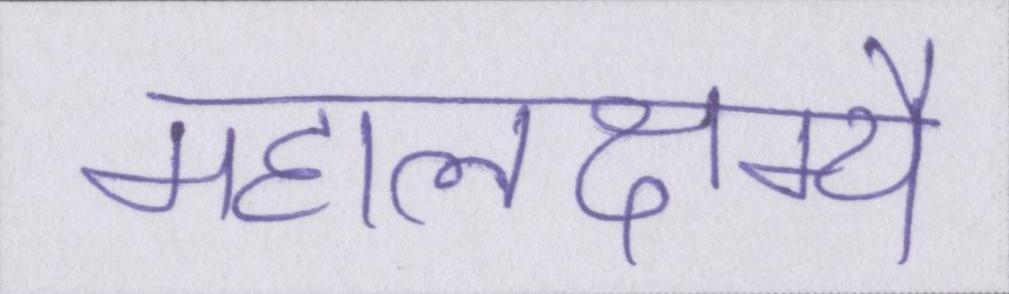
महालक्ष्म्यै